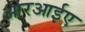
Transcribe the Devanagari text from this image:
आरआईए